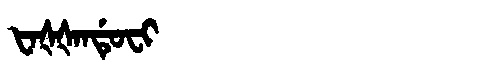
Manchu: ᡶᠠᡧᡧᠠᠨᡩᡠᠸᡳ
Romanization: FAŠŠANDUFI